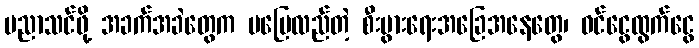
ပညာသင်ဖို့ အခက်အခဲတွေက မပြေလည်တဲ့ စီးပွားရေးအခြေအနေတွေ၊ ဝင်ငွေထွက်ငွေ